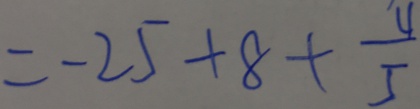
= - 2 5 + 8 + \frac { 4 } { 5 }